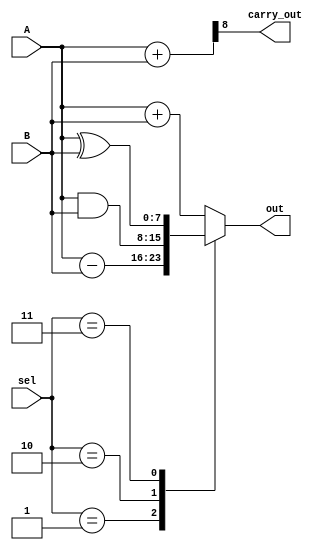
module alu(
    input [7:0] A, B,
    input [3:0] sel,
    output [7:0] out,
    output carry_out);

    reg [7:0] reg_out;
    wire [8:0] tmp;
    assign out = reg_out;
    assign tmp = {1'b0,A} + {1'b0,B};
    assign carry_out = tmp[8];

    always @(*) begin
        case(sel)
        4'b0000: reg_out = A + B;
        4'b0001: reg_out = A - B; 
        4'b0010: reg_out = A & B;
        4'b0011: reg_out = A ^ B; 
        default: reg_out = A + B;
        endcase
    end 
endmodule